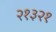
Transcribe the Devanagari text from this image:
२१३२१